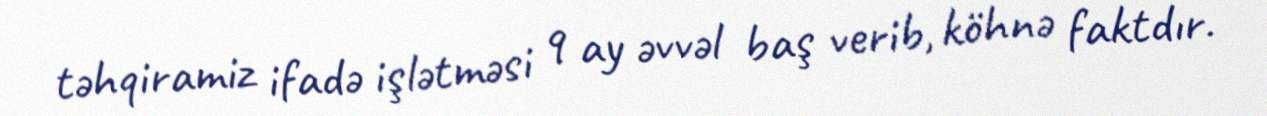
təhqiramiz ifadə işlətməsi 9 ay əvvəl baş verib, köhnə faktdır.